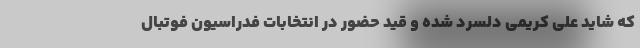
که شاید علی کریمی دلسرد شده و قید حضور در انتخابات فدراسیون فوتبال